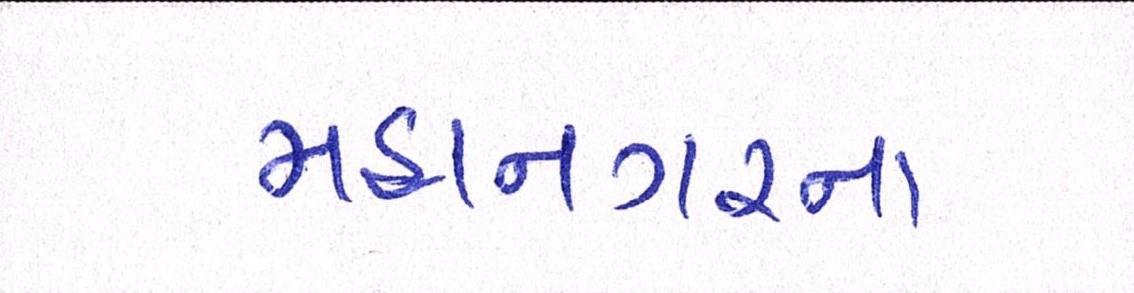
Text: મહાનગરના